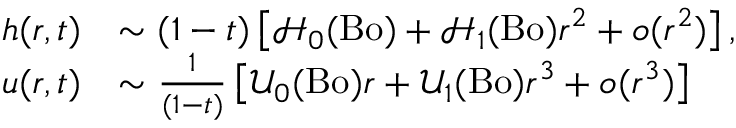
\begin{array} { r l } { h ( r , t ) } & { \sim ( 1 - t ) \left[ \mathcal { H } _ { 0 } ( \mathrm { B o } ) + \mathcal { H } _ { 1 } ( \mathrm { B o } ) r ^ { 2 } + o ( r ^ { 2 } ) \right] , } \\ { u ( r , t ) } & { \sim \frac { 1 } { ( 1 - t ) } \left[ \mathcal { U } _ { 0 } ( \mathrm { B o } ) r + \mathcal { U } _ { 1 } ( \mathrm { B o } ) r ^ { 3 } + o ( r ^ { 3 } ) \right] } \end{array}